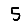
Digit: 5